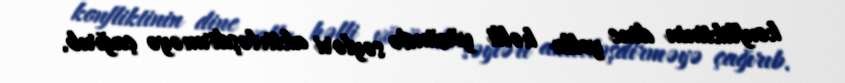
konfliktinin dinc yolla həlli yönündə səyləri aktivləşdirməyə çağırıb.